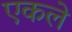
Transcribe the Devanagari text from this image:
एकले